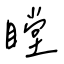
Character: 瞠